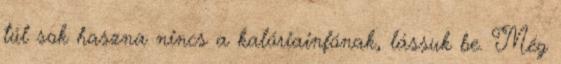
túl sok haszna nincs a kalóriainfónak, lássuk be. Még